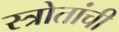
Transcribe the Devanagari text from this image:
स्त्रोतांची